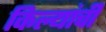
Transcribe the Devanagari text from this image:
किल्यांची